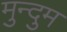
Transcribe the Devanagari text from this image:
मुन्दुम